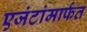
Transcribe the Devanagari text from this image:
एजंटांमार्फत